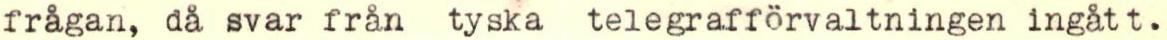
frågan, då svar från tyska telegrafförvaltningen ingått.